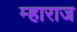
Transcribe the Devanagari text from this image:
म्हाराज